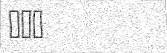
١١٤